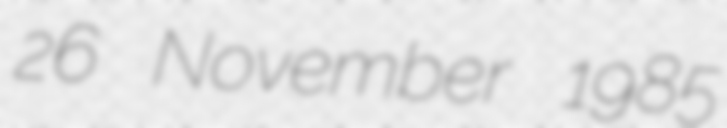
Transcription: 26 November 1985